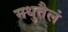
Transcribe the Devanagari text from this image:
मधुतैलं